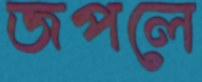
জপলে